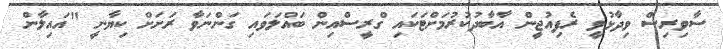
ސާވިރިސް ވިދާޅުވީ ރެފިއުޖީން އާބާދުކުރުމަށްޓަކައި ގްރީސްއިން ބައްލަވައި ގަންނަވާ ރަށަށް ކިޔާނީ "އައިލާން